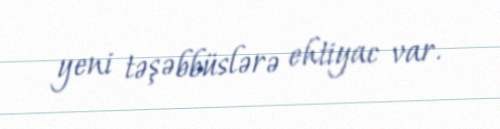
yeni təşəbbüslərə ehtiyac var.